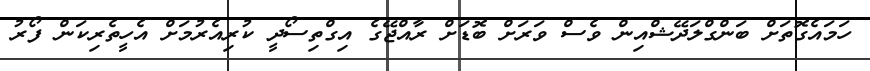
ހަމައެގޮތަށް ބަންގްލަދޭޝްއިން ވެސް ވަރަށް ބޮޑަށް ރާއްޖޭގެ އިގްތިސޯދީ ކުރިއެރުމަށް އެހީތެރިކަން ފޯރު